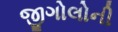
જીગોલોની